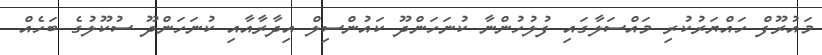
މައުރޫފް ހައްޔަރުކުރި މައްސަލާގައި ފުލުހުންނާ ކުނަހަންދޫ ކައުންސިލް އިދާރާއާއި ކުނަހަންދޫ ސުކޫލުގެ ބަހެއް